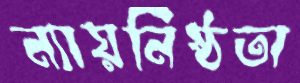
ন্যায়নিষ্ঠতা